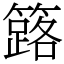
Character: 簬